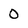
Character: 0